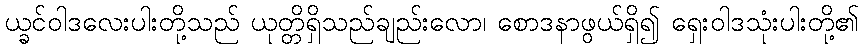
ယ္ခင်ဝါဒလေးပါးတို့သည် ယုတ္တိရှိသည်ချည်းလော၊ စောဒနာဖွယ်ရှိ၍ ရှေးဝါဒသုံးပါးတို့၏